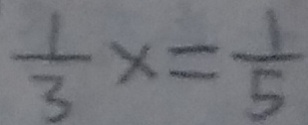
\frac { 1 } { 3 } x = \frac { 1 } { 5 }